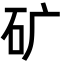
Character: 矿